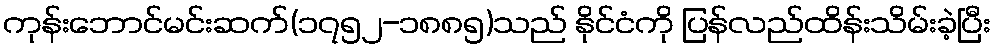
ကုန်းဘောင်မင်းဆက်(၁၇၅၂-၁၈၈၅)သည် နိုင်ငံကို ပြန်လည်ထိန်းသိမ်းခဲ့ပြီး